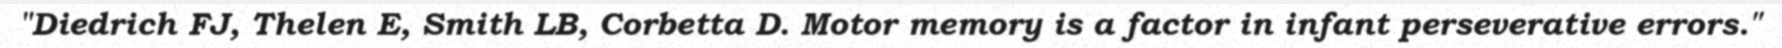
"Diedrich FJ, Thelen E, Smith LB, Corbetta D. Motor memory is a factor in infant perseverative errors."